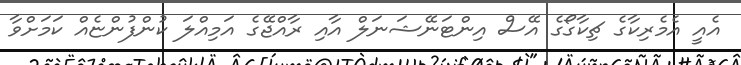
އެއީ އެމެރިކާގެ ޗިކާގޯގެ އޭސް އިންޓަނޭޝަނަލް އާއި ރާއްޖޭގެ އަމިއްލަ ކުންފުންޏެއް ކަމަށްވާ